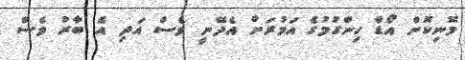
މޮނިކޮން އޯޑާ ހިންގުމުގެ އަމުރަށް އެދޭނީ ވެސް އަދި އެ ބާރު ވެސް